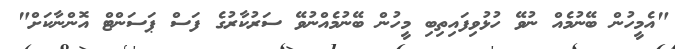
"އެމީހުން ބޭނުމެއް ނުވޭ ހުޅުވިފައިތިބި މީހުން ބޭނުމެއްނުވޭ ސަރުކާރުގެ ފަސް ޕަސަންޓް އޮންނާކަށް"